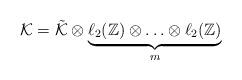
LaTeX: \begin{align*}\mathcal K=\tilde{\mathcal K}\otimes\underbrace{\ell_2(\mathbb Z)\otimes\ldots\otimes \ell_2(\mathbb Z)}_{m}\end{align*}